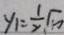
y _ { 1 } = \frac { 1 } { 2 } \sqrt { 1 0 }